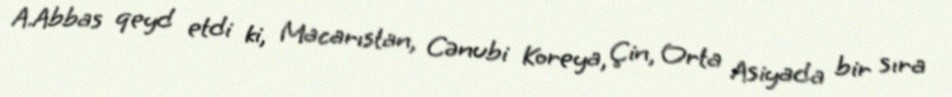
A.Abbas qeyd etdi ki, Macarıstan, Cənubi Koreya, Çin, Orta Asiyada bir sıra